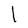
Character: l